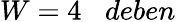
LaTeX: W=4\; \; \; deben